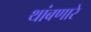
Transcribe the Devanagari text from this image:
थांबणारे